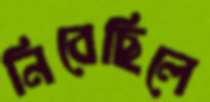
নিবেছিলে